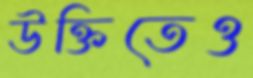
উক্তিতেও